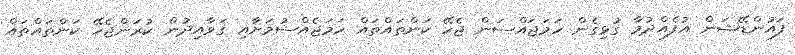
ފައުންޑޭޝަން އުފެއްދުމާ ގުޅިގެން ހަމަޖައްސަން ޖެހޭ ކަންތައްތައް ހަމަޖެއްސުމަށާއި ގަވާއިދުން ކުރަންޖެހޭ ކަންތައްތައް